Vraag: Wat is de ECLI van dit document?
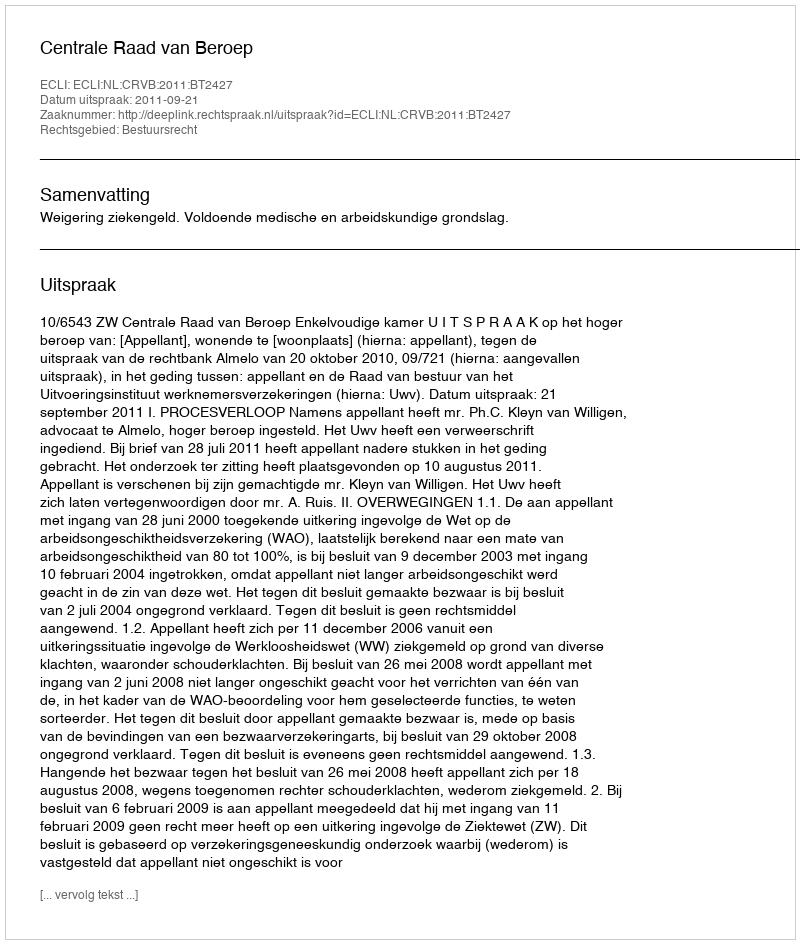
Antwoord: ECLI:NL:CRVB:2011:BT2427